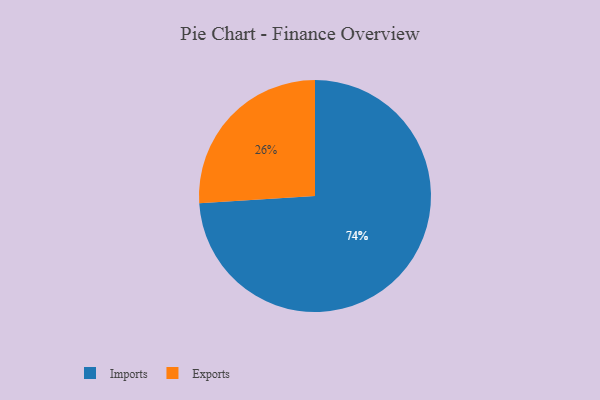
{"axis": {"x": "Category", "y": "Percentage"}, "legend": ["Exports", "Imports"], "data": [{"x": "Exports", "y": 26, "type": "Exports"}, {"x": "Imports", "y": 74, "type": "Imports"}]}